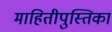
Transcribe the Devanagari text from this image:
माहितीपुस्तिका